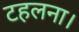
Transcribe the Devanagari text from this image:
टहलना।